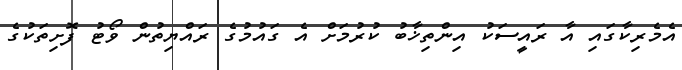
އެމެރިކާގައި އާ ރައީސަކު އިންތިޚާބު ކުރުމަށް އެ ގައުމުގެ ރައްޔިތުން ވޯޓު ފޮށިތަކުގެ